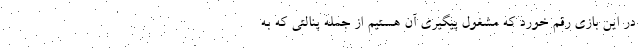
در این بازی رقم خورد که مشغول پیگیری آن هستیم از جمله پنالتی که به